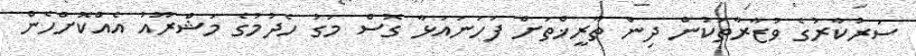
ސަރުކާރުގެ ވުޒާރާތަކުން ދިން ތާރީޚްތަށް ފަހަނައަޅާ ގޮސް މަގު ހެދުމުގެ މަޝްރޫއު އެއްކޮށްހެން